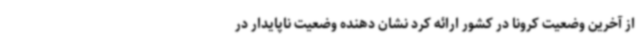
از آخرین وضعیت کرونا در کشور ارائه کرد نشان دهنده وضعیت ناپایدار در